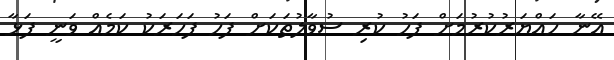
އޭނާ ހައްޔަރުކުރުމަށް ފަހު ކުރި ސުވާލުތަކަށް ފަހު ފަހަރަކު ކަމެއް ވަނީ ފަޅާ